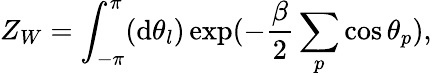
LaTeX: Z_{W}=\int_{-\pi}^{\pi}(\mathrm{d}\theta_{l})\exp(-\frac{{\beta}}{{2}}\sum_{p}\cos{\theta}_{p}),